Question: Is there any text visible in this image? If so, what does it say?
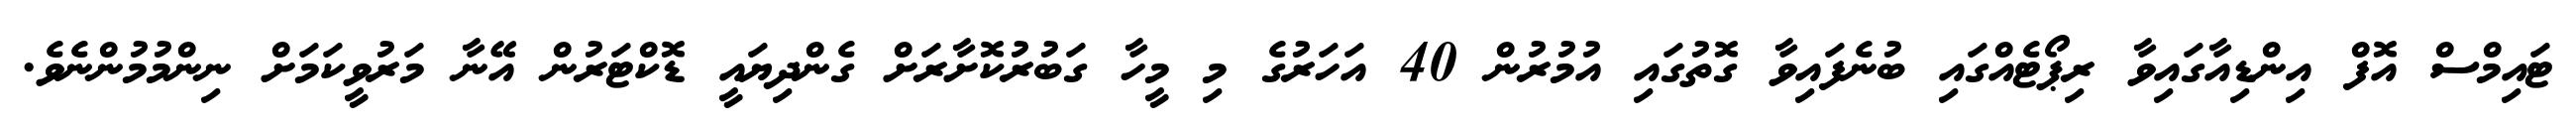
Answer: ޓައިމްސް އޮފް އިންޑިއާގައިވާ ރިޕޯޓެއްގައި ބުނެފައިވާ ގޮތުގައި އުމުރުން 40 އަހަރުގެ މި މީހާ ގަބުރުކޮށާރަށް ގެންދިޔައީ ޑޮކްޓަރުން އޭނާ މަރުވީކަމަށް ނިންމުމުންނެވެ.